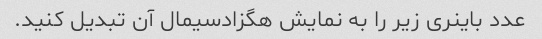
عدد باینری زیر را به نمایش هگزادسیمال آن تبدیل کنید.